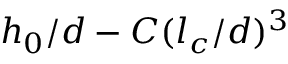
h _ { 0 } / d - C ( l _ { c } / d ) ^ { 3 }